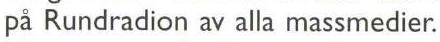
på Rundradion av alla massmedier.